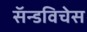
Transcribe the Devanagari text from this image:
सॅन्डविचेस